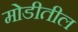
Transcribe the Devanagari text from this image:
मोडीतील